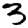
Digit: 3